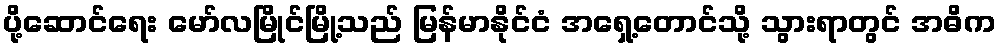
ပို့ဆောင်ရေး မော်လမြိုင်မြို့သည် မြန်မာနိုင်ငံ အရှေ့တောင်သို့ သွားရာတွင် အဓိက